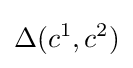
\Delta (c^{1},c^{2})